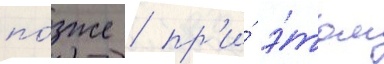
по́зже / пр'и́ э́том